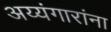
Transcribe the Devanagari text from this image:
अय्यंगारांना